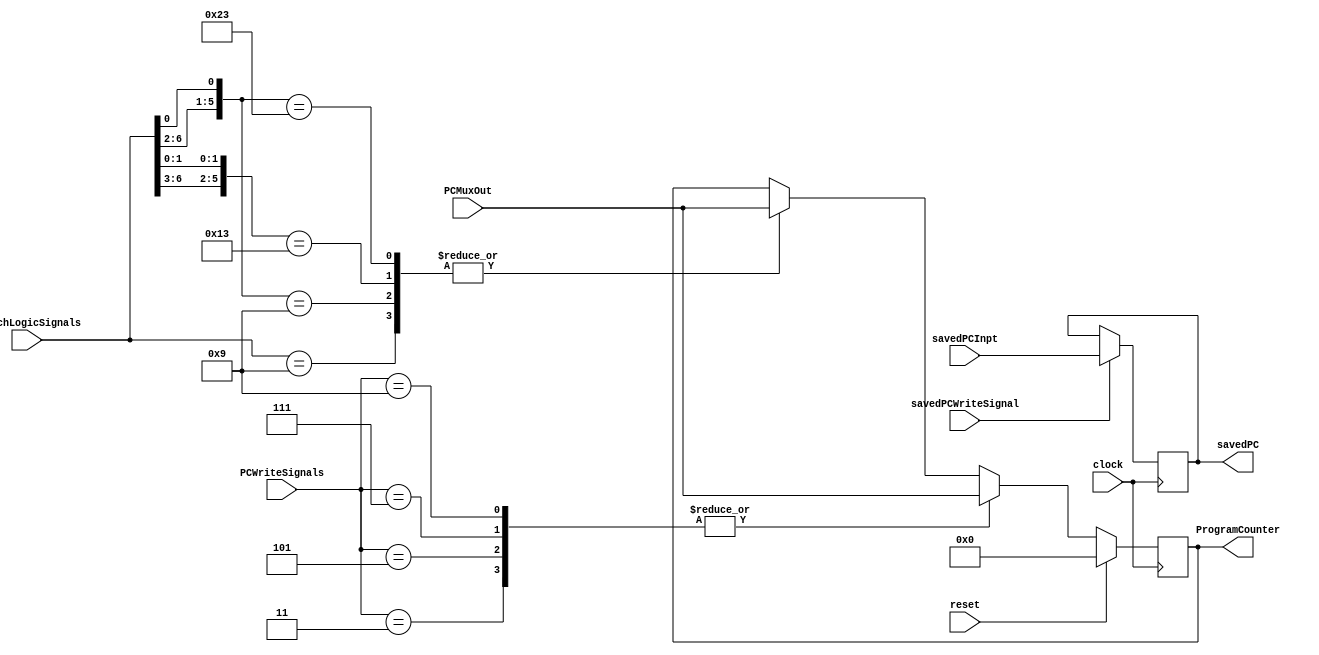
module PCWriteLogic(
	input [31:0] PCMuxOut,
	input [31:0] savedPCInpt,
	output reg [31:0] ProgramCounter,
	output reg [31:0] savedPC,
	input [6:0] BranchLogicSignals, 
	input [3:0] PCWriteSignals,
	input savedPCWriteSignal,
	input clock,
	input reset);
	
	initial
	begin
		ProgramCounter = 32'd0;
	end
	
	always@(posedge clock)
	begin	
		casex(BranchLogicSignals) //Writes PC in case instruction is branch
			7'b0001001: ProgramCounter = PCMuxOut; //PCWrite ON, BPL ON, NegSig OFF, ZeroSig OFF;
			7'b00100x1: ProgramCounter = PCMuxOut; //PCWrite ON, BNE ON, ZeroSig OFF;
			7'b0100x11: ProgramCounter = PCMuxOut; //PCWrite ON, BMI ON, NegSig ON;
			7'b10001x1: ProgramCounter = PCMuxOut; //PCWrite ON, BEQ ON, ZeroSig ON;
			default: ProgramCounter = ProgramCounter;
		endcase
		
		case(PCWriteSignals)
			4'b0011: ProgramCounter = PCMuxOut; //Writes PC during cycle 2
			4'b0101: ProgramCounter = PCMuxOut; //Writes PC if instruction is RTS
			4'b0111: ProgramCounter = PCMuxOut; //Writes also if both signals are ON
			4'b1001: ProgramCounter = PCMuxOut; //Writes savedPC to PC
			default: ProgramCounter = ProgramCounter;
		endcase
		
		case(savedPCWriteSignal)
			1'b1: savedPC = savedPCInpt;
		endcase
			
		
		if(reset == 1)
			ProgramCounter = 32'd0;
	end
		
endmodule